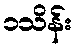
၁သိန်း